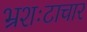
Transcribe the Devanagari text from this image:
भ्रशःटाचार